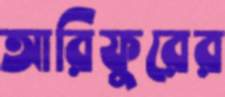
আরিফুরের